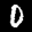
Label: 0